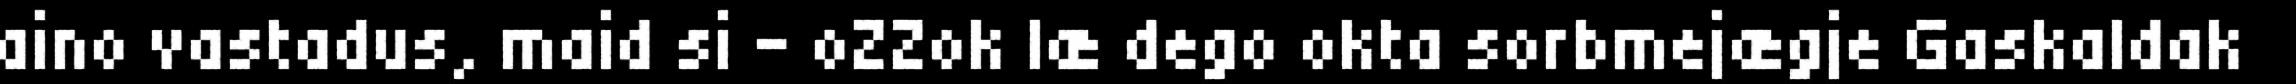
aino vastadus, maid si - oZZok læ dego okta sorbmejægje Gaskaldak